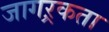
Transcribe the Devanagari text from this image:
जागऱ्रकता